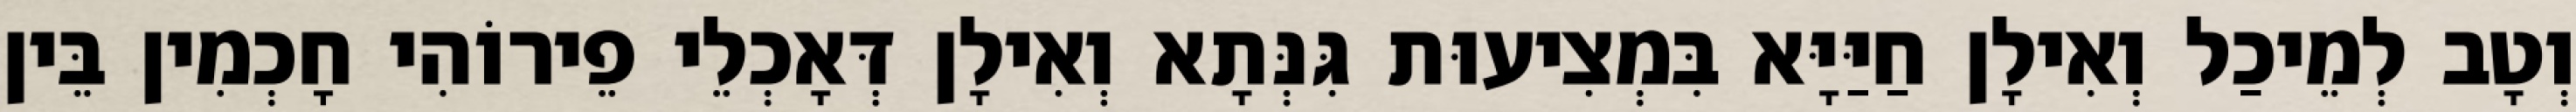
וְטָב לְמֵיכַל וְאִילָן חַיַּיָּא בִּמְצִיעוּת גִּנְּתָא וְאִילָן דְּאָכְלֵי פֵירוֹהִי חָכְמִין בֵּין